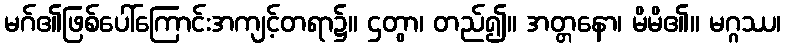
မဂ်၏ဖြစ်ပေါ်ကြောင်းအကျင့်တရာ၌။ ဌတွာ၊ တည်၍။ အတ္တနော၊ မိမိ၏။ မဂ္ဂဿ၊